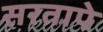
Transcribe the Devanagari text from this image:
सरतापे